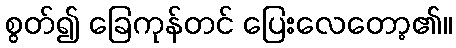
စွတ်၍ ခြေကုန်တင် ပြေးလေတော့၏။